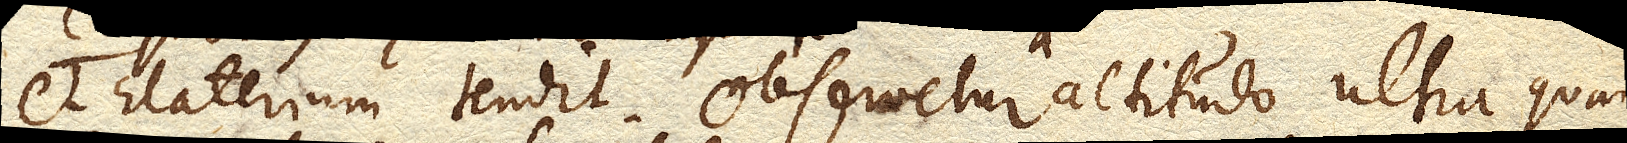
et Elaterium tendit. Observetur altitudo ultra quam